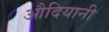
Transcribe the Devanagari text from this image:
औदियानी